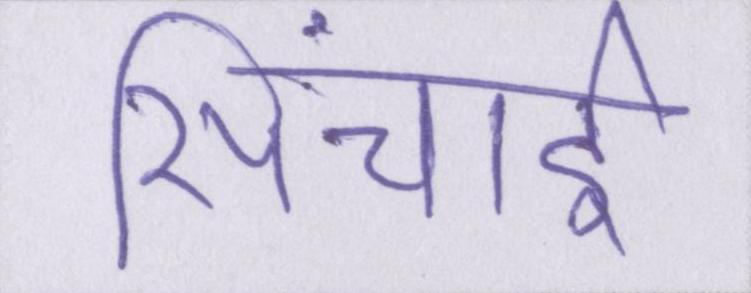
सिंचाई